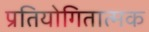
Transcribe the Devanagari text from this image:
प्रतियोगितात्मक